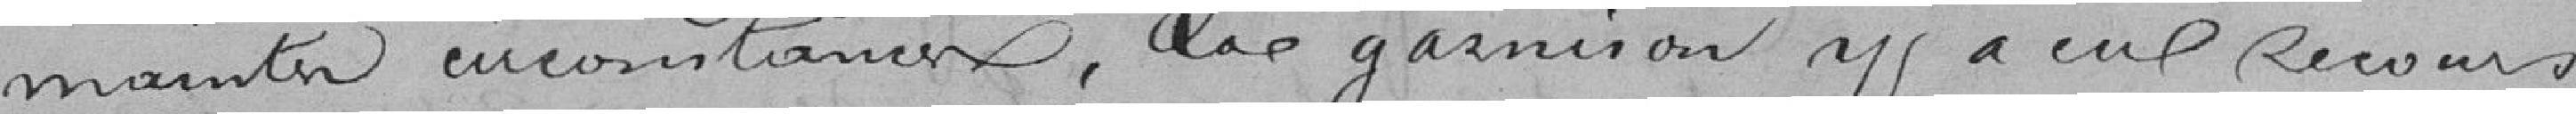
maintes circonstances, la garnison y a eu recours